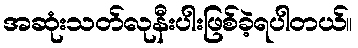
အဆုံးသတ်လုနီးပါးဖြစ်ခဲ့ရပါတယ်။